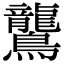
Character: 鸗